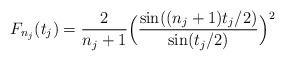
LaTeX: \begin{align*}F_{n_j}(t_j)=\frac{2}{n_j+1}\Big(\frac{\sin ((n_j+1)t_j/2)}{\sin(t_j/2)}\Big)^2\end{align*}